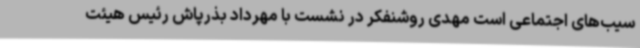
سیب‌های اجتماعی است مهدی روشنفکر در نشست با مهرداد بذرپاش رئیس هیئت